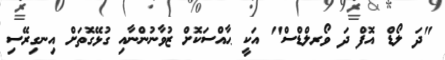
"ދަ ލޯޑް އޮފް ދަ ވޯރލްޑްސް" އަކީ ޙާއްސަކޮށް ޒުވާނުންނާއި ގުޅޭގޮތަށް އިނގިރޭސި